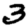
Digit: 3